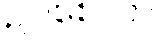
ဥပစေလာ